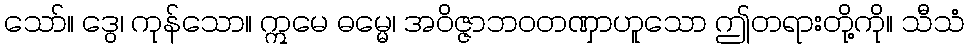
သော်။ ဒွေ၊ ကုန်သော။ ဣမေ ဓမ္မေ၊ အဝိဇ္ဇာဘဝတဏှာဟူသော ဤတရားတို့ကို။ သီသံ